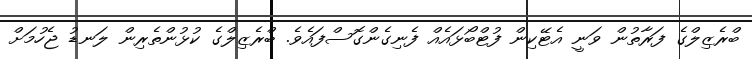
ބްރެޒިލްގެ ފަރާތުން ވަނީ އެޓޭކިން ފުޓްބޯޅައެއް ފެނިގެންގޮސްފައެވެ. ބްރެޒިލްގެ ކުޅުންތެރިން ލަނޑު ޖެހުމަށް